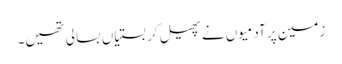
زمین پر آدمیوں نے پھیل کر بستیاں بسا لی تھیں۔